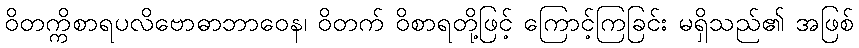
ဝိတက္ကိစာရပလိဗောဓာဘာဝေန၊ ဝိတက် ဝိစာရတို့ဖြင့် ကြောင့်ကြခြင်း မရှိသည်၏ အဖြစ်